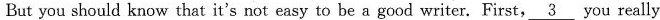
But you should know that it's not easy to be a good writer. First, \underline{3} you really